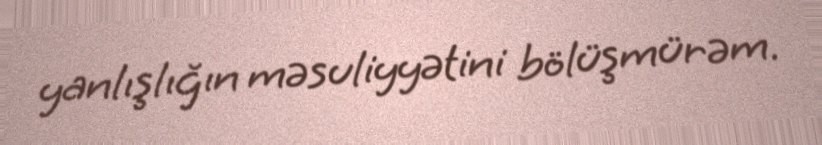
yanlışlığın məsuliyyətini bölüşmürəm.